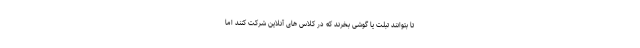
تا بتوانند تبلت یا گوشی بخرند که در کلاس های آنلاین شرکت کنند اما